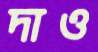
দাও